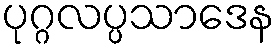
ပုဂ္ဂလပ္ပသာဒေန